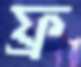
ফ্র